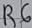
Text: R6